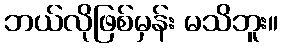
ဘယ်လိုဖြစ်မှန်း မသိဘူး။